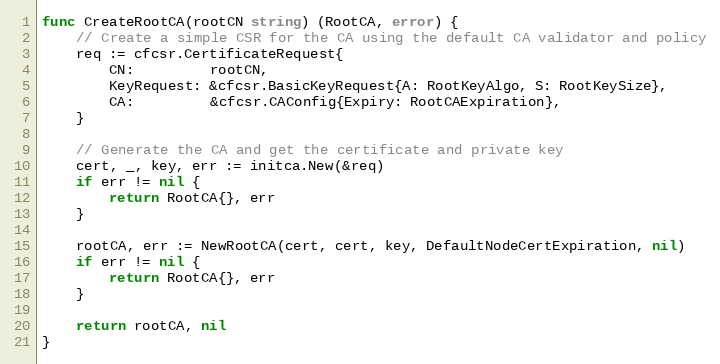
Language: Go
func CreateRootCA(rootCN string) (RootCA, error) {
	// Create a simple CSR for the CA using the default CA validator and policy
	req := cfcsr.CertificateRequest{
		CN:         rootCN,
		KeyRequest: &cfcsr.BasicKeyRequest{A: RootKeyAlgo, S: RootKeySize},
		CA:         &cfcsr.CAConfig{Expiry: RootCAExpiration},
	}

	// Generate the CA and get the certificate and private key
	cert, _, key, err := initca.New(&req)
	if err != nil {
		return RootCA{}, err
	}

	rootCA, err := NewRootCA(cert, cert, key, DefaultNodeCertExpiration, nil)
	if err != nil {
		return RootCA{}, err
	}

	return rootCA, nil
}